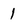
Character: l